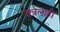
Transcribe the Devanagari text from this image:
जत्रेलाही